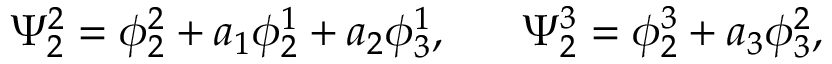
\Psi _ { 2 } ^ { 2 } = \phi _ { 2 } ^ { 2 } + a _ { 1 } \phi _ { 2 } ^ { 1 } + a _ { 2 } \phi _ { 3 } ^ { 1 } , ~ ~ ~ ~ ~ \Psi _ { 2 } ^ { 3 } = \phi _ { 2 } ^ { 3 } + a _ { 3 } \phi _ { 3 } ^ { 2 } ,